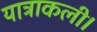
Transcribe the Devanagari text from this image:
यात्राकली।